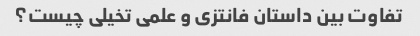
تفاوت بین داستان فانتزی و علمی تخیلی چیست؟